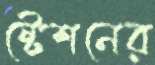
ষ্টেশনের